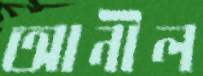
আনীল